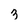
Character: 3